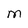
Character: M